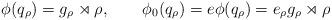
LaTeX: \begin{align*}\phi(q_\rho)=g_\rho\rtimes\rho,\qquad\phi_0(q_\rho)=e\phi(q_\rho)=e_\rho g_\rho\rtimes\rho\end{align*}